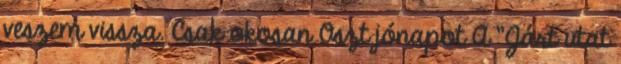
veszem vissza. Csak okosan Oszt jónapot A "Járt utat